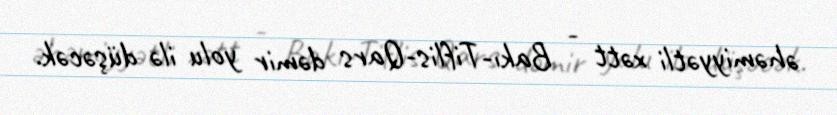
əhəmiyyətli xətt - Bakı-Tiflis-Qars dəmir yolu ilə düşəcək.